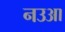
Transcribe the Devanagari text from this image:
नउआ